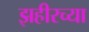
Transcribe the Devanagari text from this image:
झहीरच्या